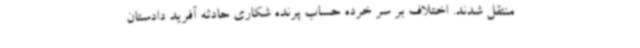
منتقل شدند. اختلاف بر سر خرده حساب پرنده شکاری حادثه آفرید دادستان